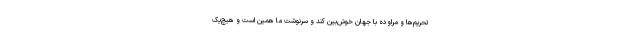
تحریم‌ها و مراوده با جهان خوش‌بین کند و سرنوشت ما همین است و هیچ‌یک